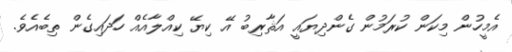
އެމީހުން މިކަން ކުރަމުން ގެންދިޔައީ އަޘާރިބު އޭ ކިޔޭ ކިއްލާއެއް ހަދައިގެން ތިބެއެވެ.